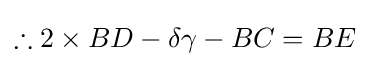
\therefore 2\times BD-\delta \gamma -BC=BE